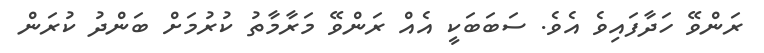
ރަންވޭ ހަދާފައިވެ އެވެ. ސަބަބަކީ އެއް ރަންވޭ މަރާމާތު ކުރުމަށް ބަންދު ކުރަން